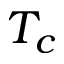
T _ { c }